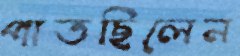
পাতছিলেন